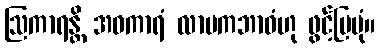
ဩကာရန္တိ အဝကာရံ လာမကဘာဝံဟု ဖွင့်ပြပုံ။